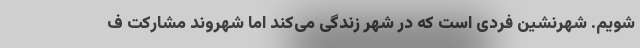
شویم. شهرنشین فردی است که در شهر زندگی می‌کند اما شهروند مشارکت ف